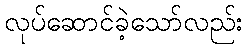
လုပ်ဆောင်ခဲ့သော်လည်း